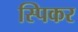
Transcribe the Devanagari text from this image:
स्पिकर